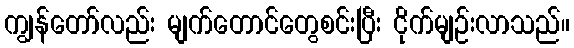
ကျွန်တော်လည်း မျက်တောင်တွေစင်းပြီး ငိုက်မျဉ်းလာသည်။